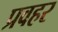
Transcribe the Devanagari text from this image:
प्रवहर